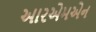
આરએમએન